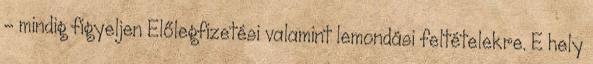
- mindig figyeljen Előlegfizetési valamint lemondási feltételekre. E hely